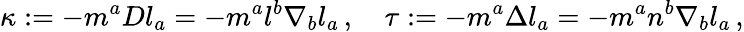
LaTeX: \kappa:=-m^{a}Dl_{a}=-m^{a}l^{b}\nabla_{b}l_{a}\, ,\quad\tau:=-m^{a}\Delta l_{a}=-m^{a}n^{b}\nabla_{b}l_{a}\, ,